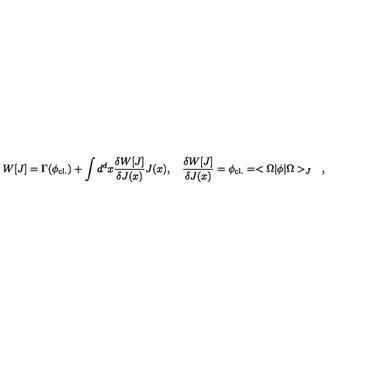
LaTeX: W [ J ] = \Gamma ( \phi _ { \mathrm { c l . } } ) + \int d ^ { d } x { \frac { \delta W [ J ] } { \delta J ( x ) } } J ( x ) , \quad { \frac { \delta W [ J ] } { \delta J ( x ) } } = \phi _ { \mathrm { c l . } } = < \Omega | \phi | \Omega > _ { J } \quad ,